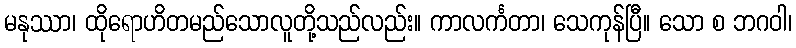
မနုဿာ၊ ထိုရောဟိတမည်သောလူတို့သည်လည်း။ ကာလင်္ကတာ၊ သေကုန်ပြီ။ သော စ ဘဂဝါ၊